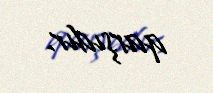
qarşıdır.